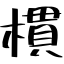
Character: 樌